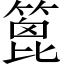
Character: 篦